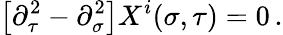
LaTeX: \bigl[\partial_{\tau}^{2}-\partial_{\sigma}^{2}\bigr]X^{i}(\sigma,\tau)=0\, .